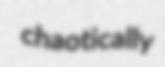
chaotically